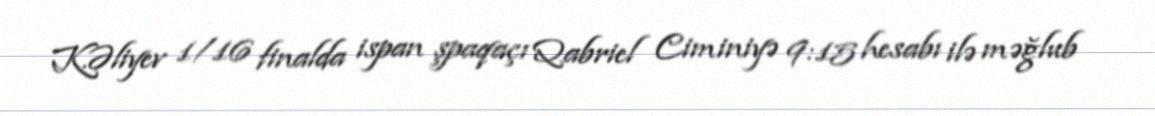
K.Əliyev 1/16 finalda ispan şpaqaçı Qabriel Ciminiyə 9:15 hesabı ilə məğlub